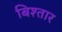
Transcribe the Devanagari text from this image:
बिश्तार